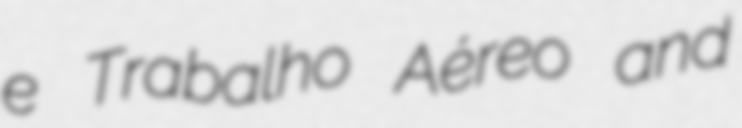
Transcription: e Trabalho Aéreo and